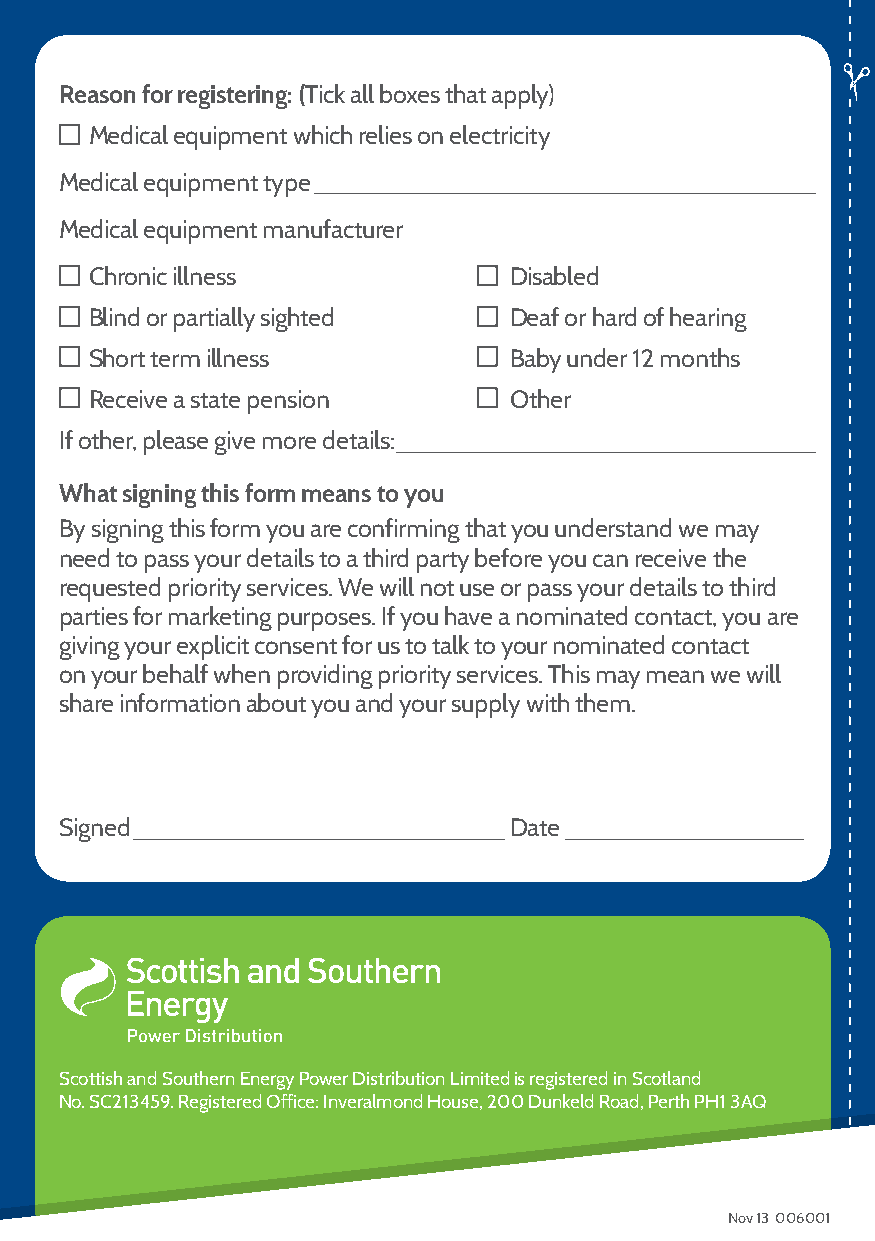
Reason for registering: (Tick all boxes that apply)
 Medical equipment which relies on electricity
 Medical equipment type
 Medical equipment manufacturer
 Chronic illness             Disabled
 Blind or partially sighted  Deaf or hard of hearing
 Short term illness          Baby under 12 months
 Receive a state pension     Other
 If other, please give more details:
 What signing this form means to you
 By signing this form you are confirming that you understand we may
 need to pass your details to a third party before you can receive the
 requested priority services. We will not use or pass your details to third
 parties for marketing purposes. If you have a nominated contact, you are
 giving your explicit consent for us to talk to your nominated contact
 on your behalf when providing priority services. This may mean we will
 share information about you and your supply with them.
 Signed                        Date
 Scottish and Southern Energy Power Distribution Limited is registered in Scotland
 No. SC213459. Registered Office: Inveralmond House, 200 Dunkeld Road, Perth PH1 3AQ
 Nov 13 006001